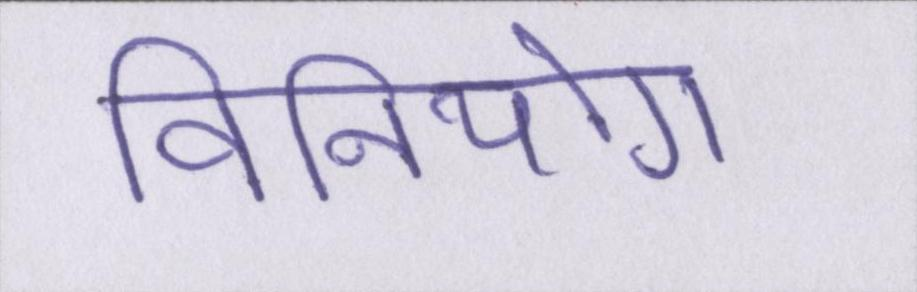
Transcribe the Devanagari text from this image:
विनियोग